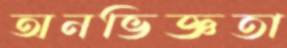
অনভিজ্ঞতা